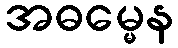
အဓမ္မေန